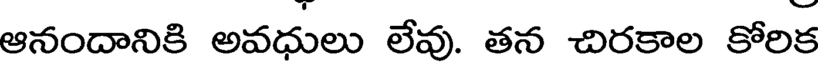
ఆనందానికి అవధులు లేవు. తన చిరకాల కోరిక